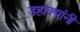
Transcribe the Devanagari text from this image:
डहाक्यांनी